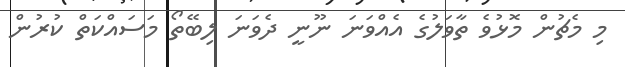
މި މެޗުން މޮޅުވެ ތާވަލުގެ އެއްވަނަ ނޫނީ ދެވަނަ ލިބޭތޯ މަސައްކަތް ކުރުން